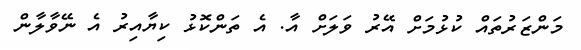
މަންޒަރުތައް ކުޅުމަށް އޭރު ވަލަށް އާ. އެ ތަންކޮޅު ކިޔާއިރު އެ ނޭވާލާން